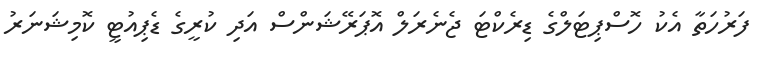
ފަރުހަތާ އެކު ހޮސްޕިޓަލްގެ ޑިރެކްޓަ ޖެނެރަލް އޮޕަރޭޝަންސް އަދި ކުރީގެ ޑެޕިއުޓީ ކޮމިޝަނަރު